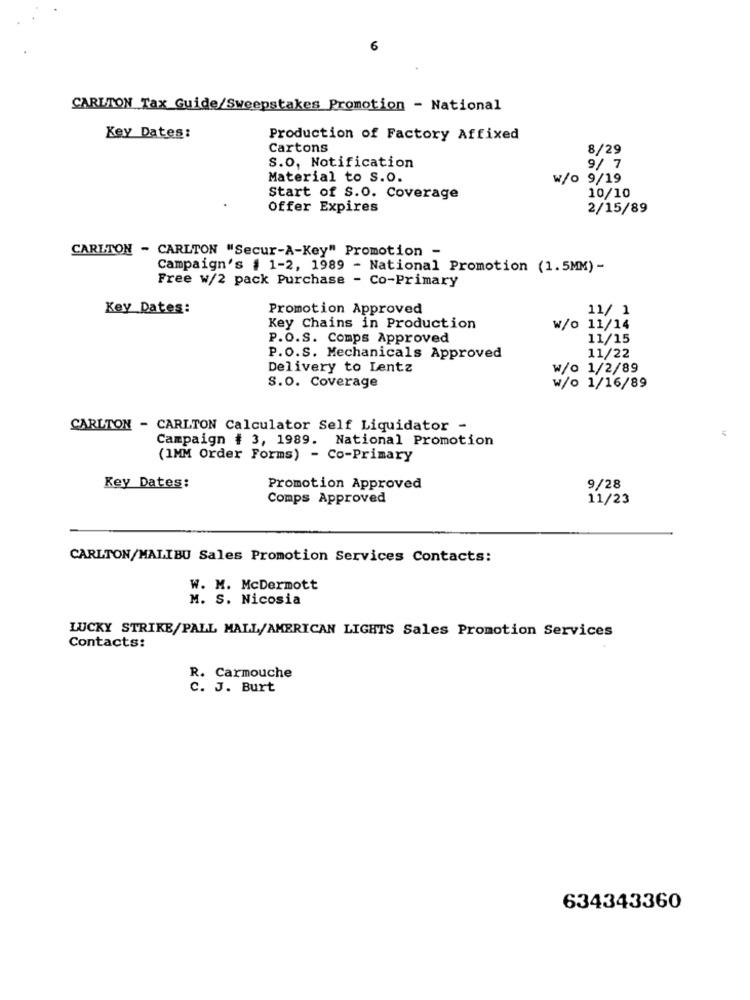
6
CARLTON Tax Guide/Sweepstakes Promotion - National
Key Dates:
Production of Factory Affixed
Cartons
8/29
S.O. Notification
9/ 7
Material to S.O.
w/o 9/19
Start of S.O. Coverage
10/10
Offer Expires
2/15/89
CARLTON - CARLTON "Secur-A-Key" Promotion -
Campaign's # 1-2, 1989 - National Promotion (1.5MM)-
Free w/2 pack Purchase - Co-Primary
Key_Dates:
Promotion Approved
11/ 1
Key Chains in Production
W/o 11/14
P.O.S. Comps Approved
11/15
P.O.S. Mechanicals Approved
11/22
Delivery to Lentz
w/o 1/2/89
S.o. Coverage
w/o 1/16/89
CARLTON - CARLTON Calculator Self Liquidator -
5
Campaign # 3, 1989. National Promotion
(1MM Order Forms) - Co-Primary
Key Dates:
Promotion Approved
9/28
Comps Approved
11/23
CARLTON/MALIBU Sales Promotion Services Contacts:
W. M. McDermott
M. S. Nicosia
LUCKY STRIKE/PALL MALL/AMERICAN LIGHTS Sales Promotion Services
Contacts:
R. Carmouche
C. J. Burt
634343360